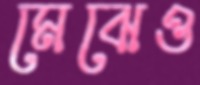
মেঝেও